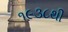
૧૯૩૮થી